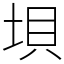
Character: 垻